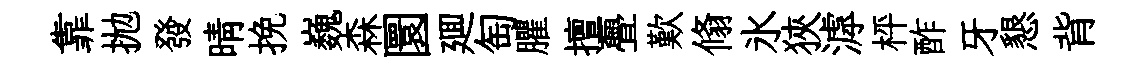
靠拋發晴挽巍森圜廽匋臞擅亹歎翛氷狹滹枰酢牙懇背